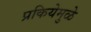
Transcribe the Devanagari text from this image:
प्रकियेमुळे